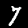
Label: 7